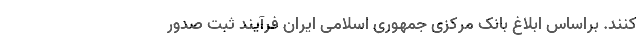
کنند. براساس ابلاغ بانک مرکزی جمهوری اسلامی ایران فرآیند ثبت صدور